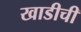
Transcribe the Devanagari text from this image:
खाडीची